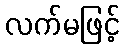
လက်မဖြင့်